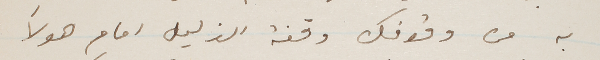
به من وقوفك وقفة الذليل امام هولأ